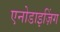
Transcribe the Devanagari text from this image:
एनोडाइज़िंग